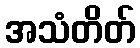
အသံတိတ်